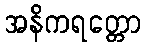
အနိကရတ္တော